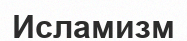
Исламизм